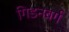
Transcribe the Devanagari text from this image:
गिडनबर्ग